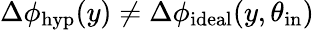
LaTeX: \Delta\phi_{\mathrm{hyp}}(y)\neq\Delta\phi_{\mathrm{ideal}}(y,\theta_{\mathrm{in}})